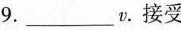
9._____v.接受